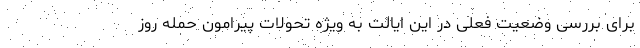
برای بررسی وضعیت فعلی در این ایالت به ویژه تحولات پیرامون حمله روز